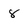
Character: 8